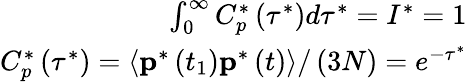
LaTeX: \begin{array}{r}{\int_{0}^{\infty}C_{p}^{*}\left(\tau^{*}\right)d\tau^{*}=I^{*}=1}\\ {C_{p}^{*}\left(\tau^{*}\right)=\left.\left<\textbf{p}^{*}\left(t_{1}\right)\textbf{p}^{*}\left(t\right)\right>\right/\left(3N\right)=e^{-\tau^{*}}}\end{array}